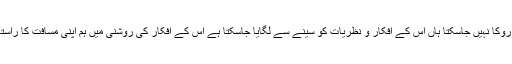
راہ عدم کے مسافر کو روکا نہیں جاسکتا ہاں اس کے افکار و نظریات کو سینے سے لگایا جاسکتا ہے اس کے افکار کی روشنی میں ہم اپنی مسافت کا راستہ متعین کرسکتے ہیں ۔